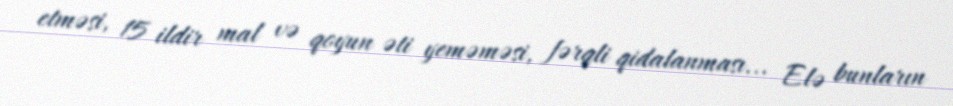
etməsi, 15 ildir mal və qoyun əti yeməməsi, fərqli qidalanması... Elə bunların